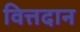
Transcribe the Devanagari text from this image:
वित्तदान